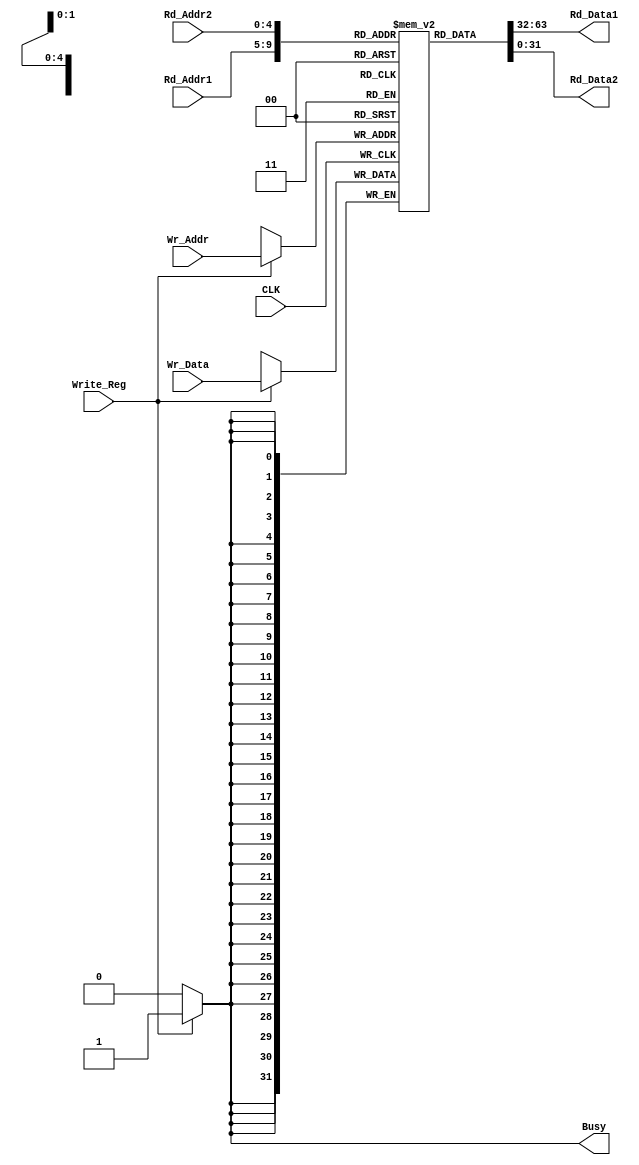
module dual_port_reg_file(
  input [4:0] Rd_Addr1, // ????1???
  input [4:0] Rd_Addr2, // ????2???
  input [31:0] Wr_Data, // ????
  input [4:0] Wr_Addr, // ????
  input Write_Reg, // ??????
  input CLK, // ????
  output reg [31:0] Rd_Data1, // ????1?????
  output reg [31:0] Rd_Data2, // ????2?????
  output reg Busy // ????
);

reg [31:0] Reg_File[31:0]; // ??32??????????32?

/* ???? */
always @(*) begin
  Rd_Data1 = Reg_File[Rd_Addr1];
  Rd_Data2 = Reg_File[Rd_Addr2];
end

/* ???? */
always @(posedge CLK) begin
  if (Write_Reg) begin
    Reg_File[Wr_Addr] <= Wr_Data;
  end
end

/* ???? */
always @(*) begin
  if (Write_Reg) begin
    Busy = 1; // ??????????????1
  end
  else begin
    Busy = 0; // ??????????????0
  end
end

endmodule